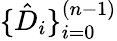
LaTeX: \{ \hat{D}_{i}\} _{i=0}^{(n-1)}